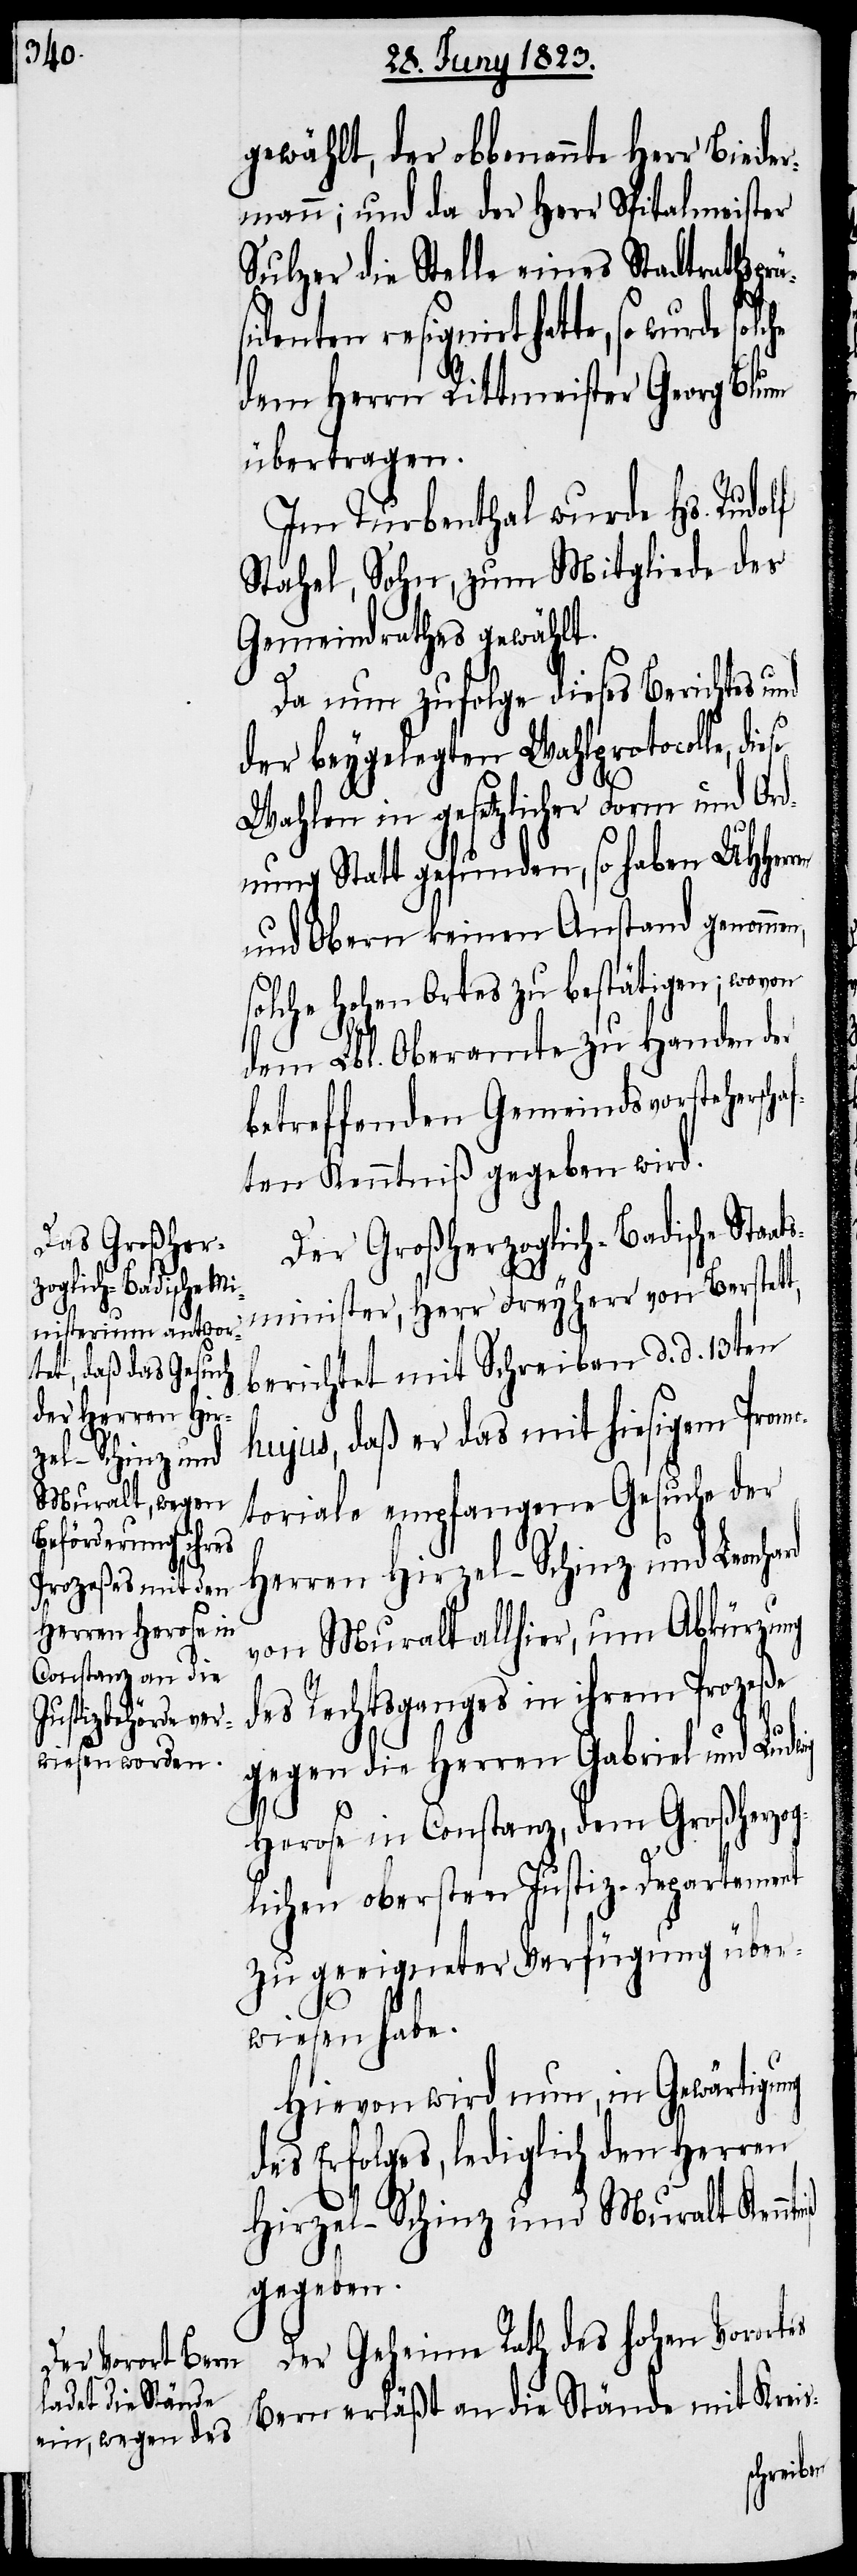
erschaf¬

gewählt, der obbenannte Her¬
mann; und da der Herr Spitalmeister
Sulzer die Stelle eines Stadtrathsprä¬
denten resignirt hatte, so wurde
dem Herrn Rittmeister Georg Blum
übertragen.
Im Turbenthal wurde Hs. Rudolf
Stahel, Sohn, zum Mitgliede des
Gemeindrathes gewählt.
Da nun zufolge dieses Berichtes und
der beygelegten Wahlprotocolle,
Wahlen in gesetzlicher Form und Or¬
dnung Statt gefunden, so haben UHHerr¬
und Obern keinen Anstand genommen,
solche hohen Ortes zu bestätigen; wovon
dem Lbl. Oberamte zu Handen der
betreffenden Gemeindsvorsteh¬
ten Kenntniß gegeben wird.
Der Großherzoglich-Badische Staa¬
tsminister, Herr Freyherr von Berstett,
berichtet mit Schreiben d. d. 13ten
hujus, daß er das mit hiesigem Promo¬
toriale empfangene Gesuche der
niß
Herren Hirzel-Schinz und Leonhard
von Muralt allhier, um Abkürzung
des Rechtsganges in ihrem Prozeße
gegen die Herren Gabriel und Ludwig
Herose in Constanz, dem Großherzog¬
lichen obersten Justiz-Departement
zu geeigneter Verfügung über¬
en
wiesen habe.
Hievon wird nun, in Gewärtigung
des Erfolges, lediglich den Herren
Hirzel-Schinz und Muralt Kenn¬
gegeben.
Der Geheime Rath des hohen Vorortes
Bern erläßt an die Stände mit Kreis-